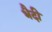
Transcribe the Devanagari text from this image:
भैदी